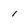
Character: 1